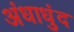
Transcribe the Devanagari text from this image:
अंधाधुंद